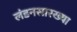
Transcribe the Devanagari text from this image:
लंडनसारख्या